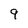
Character: 9